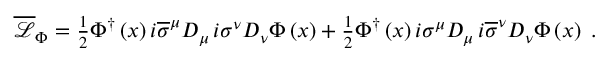
\begin{array} { r } { \overline { { \mathcal { L } } } _ { \Phi } = \frac { 1 } { 2 } \Phi ^ { \dag } \left( x \right) i \overline { { \sigma } } ^ { \mu } D _ { \mu } \, i \sigma ^ { \nu } D _ { \nu } \Phi \left( x \right) + \frac { 1 } { 2 } \Phi ^ { \dag } \left( x \right) i \sigma ^ { \mu } D _ { \mu } \, i \overline { { \sigma } } ^ { \nu } D _ { \nu } \Phi \left( x \right) \; . } \end{array}